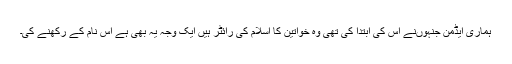
ہماری ایڈمن جنہوںنے اس کی ابتدا کی تھی وہ خواتین کا اسلام کی رائٹر ہیں ایک وجہ یہ بھی ہے اس نام کے رکھنے کی۔